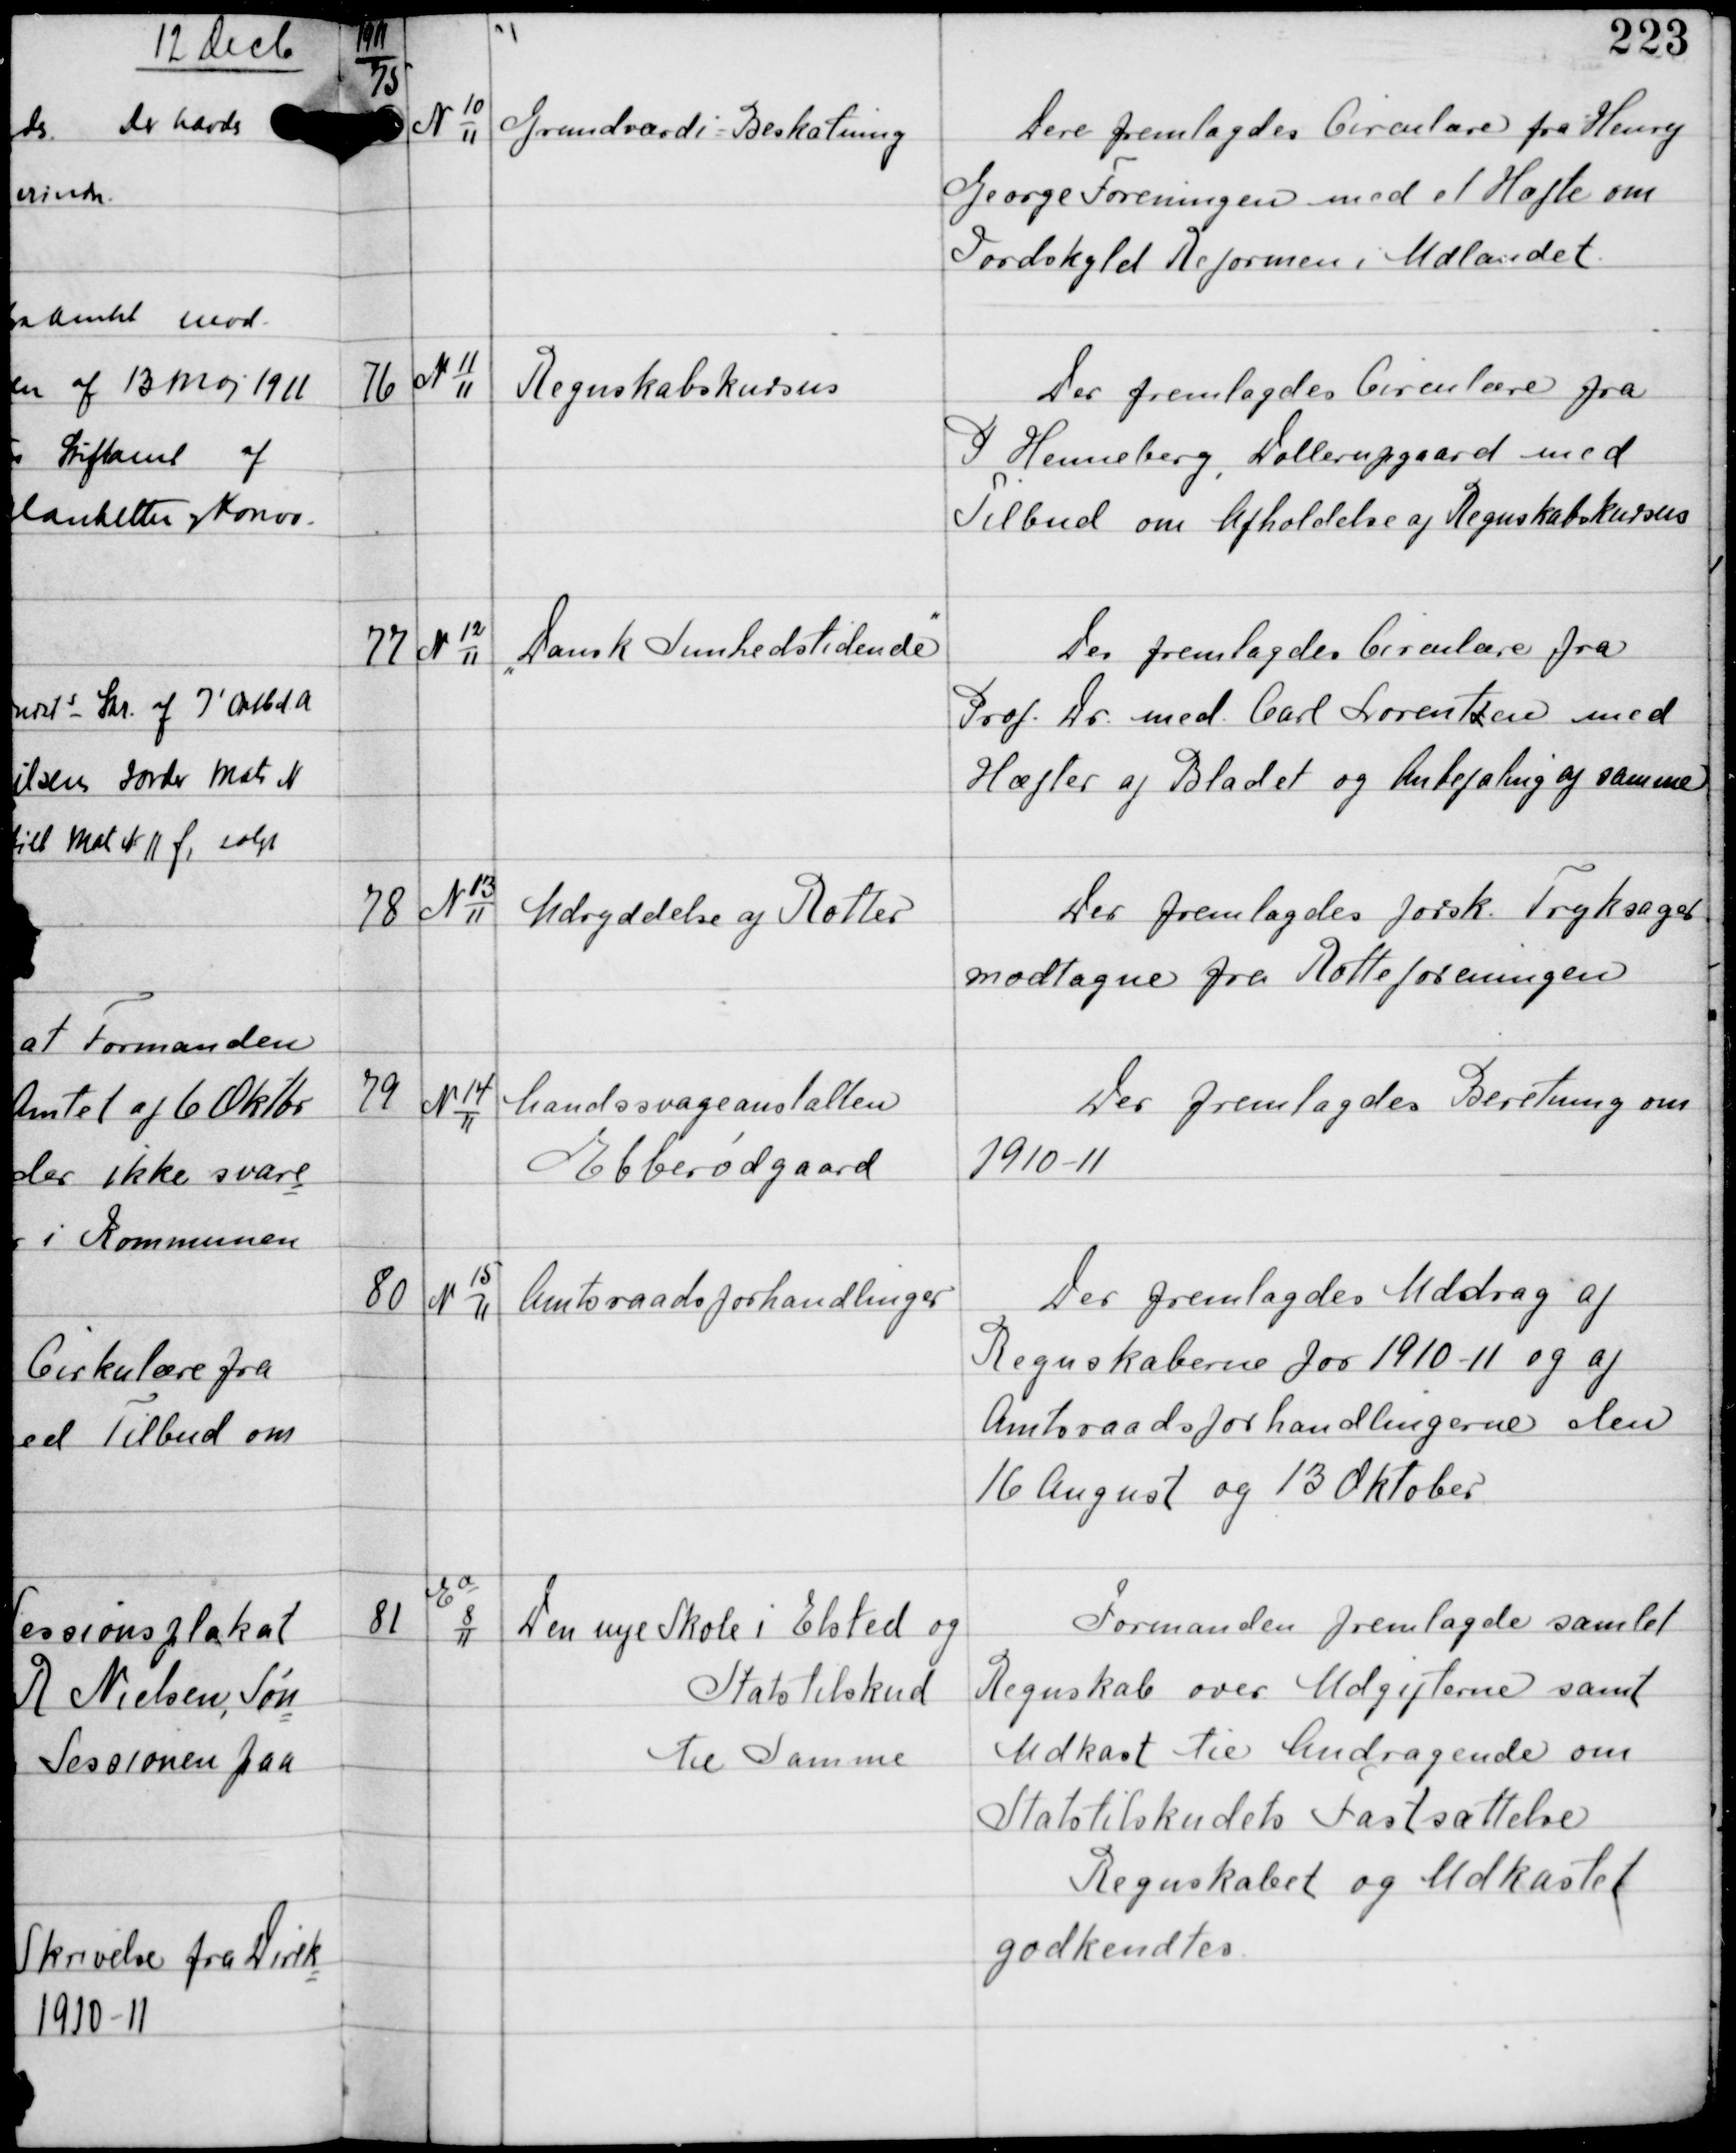
Transskription:
1911

75

N 10
11

Grundværdi - Beskatning

Der fremlagdes Circulære fra Henry
George Foreningen med et Hæfte om
Jordskyld Reformen i Udlandet

76

N 11
11

Regnskabskursus

Der fremlagdes Circulære fra
P Henneberg, Hollerupgaard med
Tilbud om Afholdelse af Regnskabskursus

77

N 12
11

"Dansk Sundhedstidende"

Der fremlagdes Circulære fra
Prof. Dr. med Carl Lorentzen med
Hæfter af Bladet og Anbefaling af samme

78

N 13
11

Udryddelse af Rotter

Der fremlagdes forsk. Tryksager
modtagne fra Rotteforeningen

79

N 14
11

Aandsvageanstalten
Ebberødgaard

Der fremlagdes Beretning om
1910-11

80

N 15
11

Amtsraadsforhandlinger

Der fremlagdes Uddrag af
Regnskaberne for 1910-11 og af
Amtsraadsforhandlingerne den
16 August og 13 Oktober

81

Ea
8
11

Den nye Skole i Elsted og
Statstilskud
til Samme

Formanden fremlagde samlet
Regnskab over Udgifterne samt
Udkast til Andragende om
Statstilskudets Fastsættelse
Regnskabet og Udkastet
godkendtes.